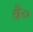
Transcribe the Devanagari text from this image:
वै०